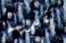
تقديمه